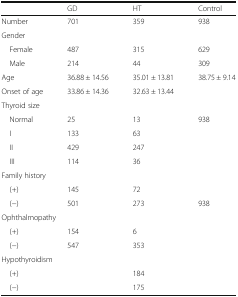
<table><thead><tr><td></td><td><b>GD</b></td><td><b>HT</b></td><td><b>Control</b></td></tr></thead><tbody><tr><td>Number</td><td>701</td><td>359</td><td>938</td></tr><tr><td colspan="4">Gender</td></tr><tr><td> Female</td><td>487</td><td>315</td><td>629</td></tr><tr><td> Male</td><td>214</td><td>44</td><td>309</td></tr><tr><td>Age</td><td>36.88 ± 14.56</td><td>35.01 ± 13.81</td><td>38.75 ± 9.14</td></tr><tr><td>Onset of age</td><td>33.86 ± 14.36</td><td>32.63 ± 13.44</td><td></td></tr><tr><td colspan="4">Thyroid size</td></tr><tr><td> Normal</td><td>25</td><td>13</td><td>938</td></tr><tr><td> I</td><td>133</td><td>63</td><td></td></tr><tr><td> II</td><td>429</td><td>247</td><td></td></tr><tr><td> III</td><td>114</td><td>36</td><td></td></tr><tr><td colspan="4">Family history</td></tr><tr><td> (+)</td><td>145</td><td>72</td><td></td></tr><tr><td> (−)</td><td>501</td><td>273</td><td>938</td></tr><tr><td colspan="4">Ophthalmopathy</td></tr><tr><td> (+)</td><td>154</td><td>6</td><td></td></tr><tr><td> (−)</td><td>547</td><td>353</td><td></td></tr><tr><td colspan="4">Hypothyroidism</td></tr><tr><td> (+)</td><td></td><td>184</td><td></td></tr><tr><td> (−)</td><td></td><td>175</td><td></td></tr></tbody></table>